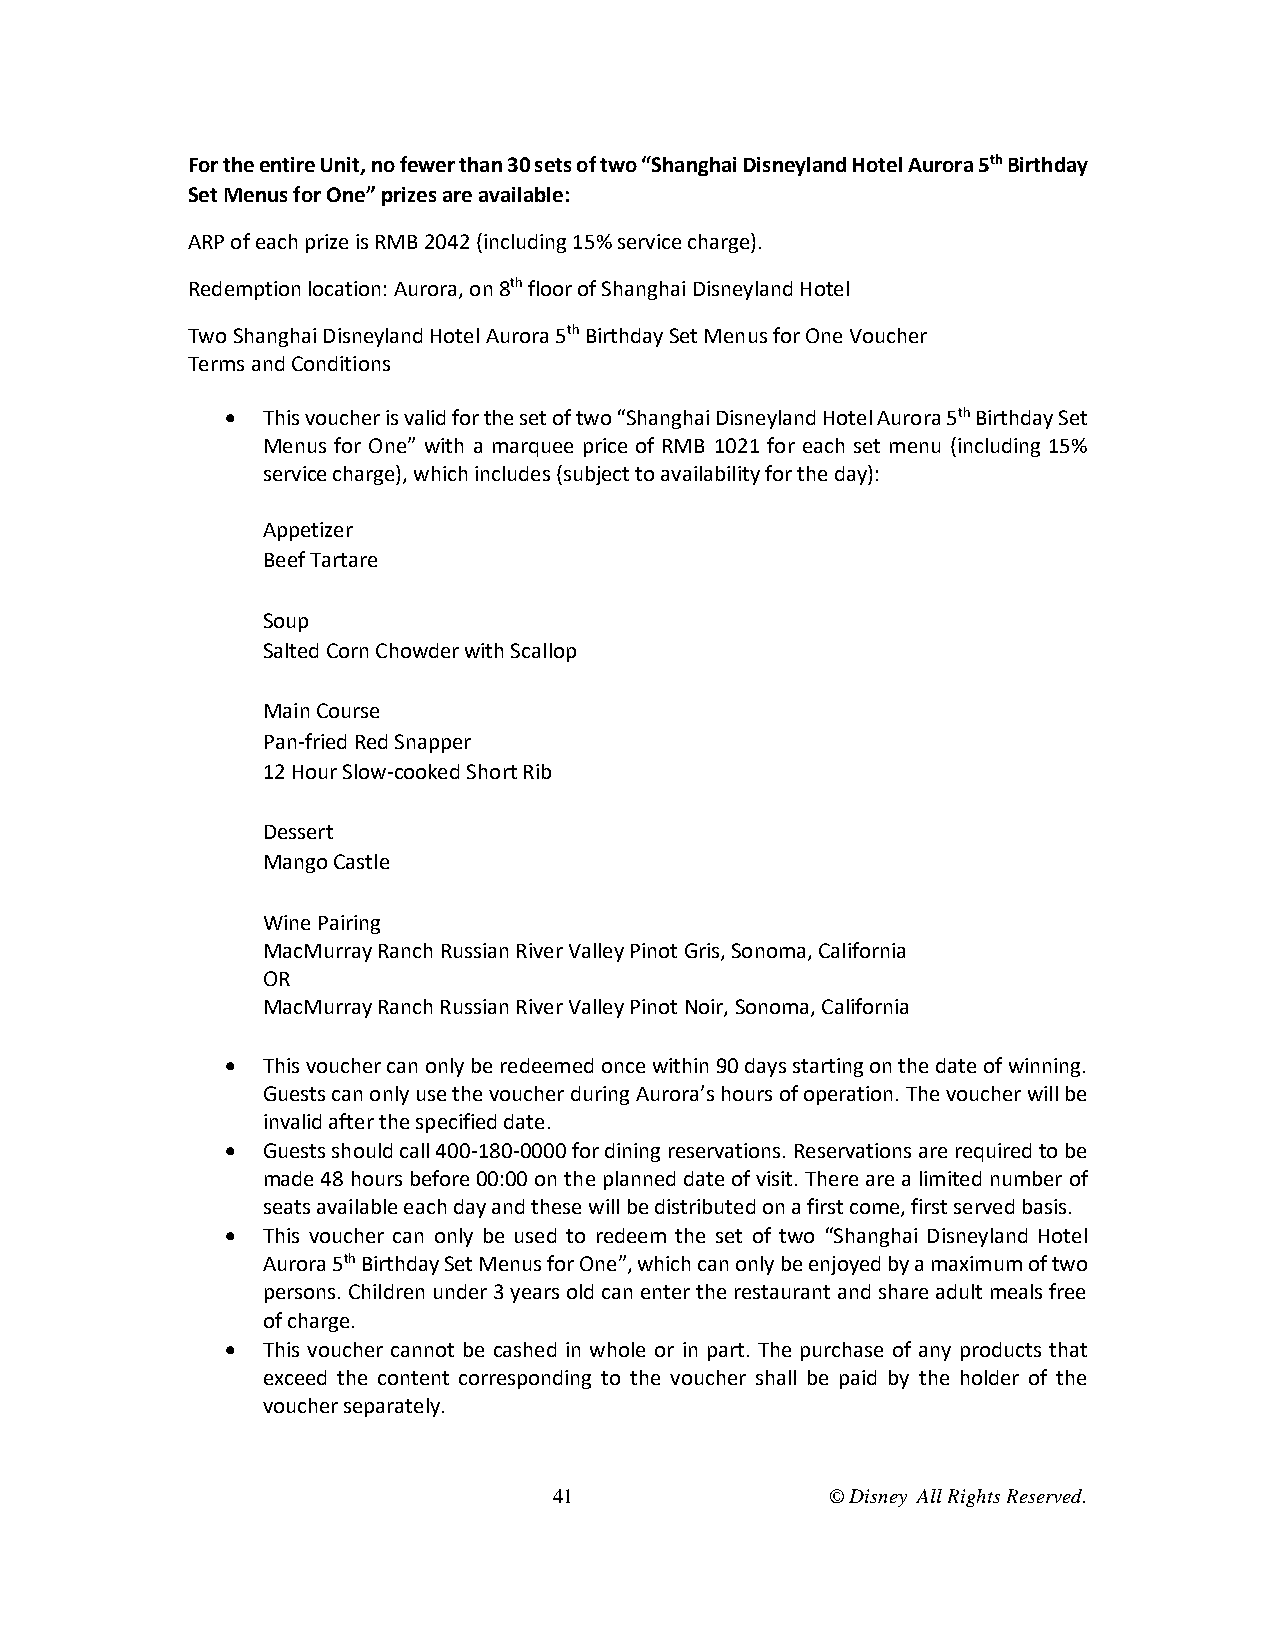
For the entire Unit, no fewer than 30 sets of two “Shanghai Disneyland Hotel Aurora 5th Birthday
 Set Menus for One” prizes are available:
 ARP of each prize is RMB 2042 (including 15% service charge).
 Redemption location: Aurora, on 8th floor of Shanghai Disneyland Hotel
 Two Shanghai Disneyland Hotel Aurora 5th Birthday Set Menus for One Voucher
 Terms and Conditions
  This voucher is valid for the set of two “Shanghai Disneyland Hotel Aurora 5th Birthday Set
 Menus for One” with a marquee price of RMB 1021 for each set menu (including 15%
 service charge), which includes (subject to availability for the day):
 Appetizer
 Beef Tartare
 Soup
 Salted Corn Chowder with Scallop
 Main Course
 Pan-fried Red Snapper
 12 Hour Slow-cooked Short Rib
 Dessert
 Mango Castle
 Wine Pairing
 MacMurray Ranch Russian River Valley Pinot Gris, Sonoma, California
 OR
 MacMurray Ranch Russian River Valley Pinot Noir, Sonoma, California
  This voucher can only be redeemed once within 90 days starting on the date of winning.
 Guests can only use the voucher during Aurora’s hours of operation. The voucher will be
 invalid after the specified date.
  Guests should call 400-180-0000 for dining reservations. Reservations are required to be
 made 48 hours before 00:00 on the planned date of visit. There are a limited number of
 seats available each day and these will be distributed on a first come, first served basis.
  This voucher can only be used to redeem the set of two “Shanghai Disneyland Hotel
 Aurora 5th Birthday Set Menus for One”, which can only be enjoyed by a maximum of two
 persons. Children under 3 years old can enter the restaurant and share adult meals free
 of charge.
  This voucher cannot be cashed in whole or in part. The purchase of any products that
 exceed the content corresponding to the voucher shall be paid by the holder of the
 voucher separately.
 41                © Disney All Rights Reserved.